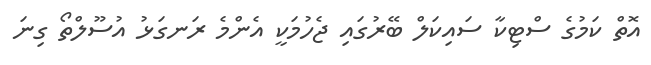
އޮތް ކަމުގެ ސްޓިކާ ސައިކަލް ބޭރުގައި ޖެހުމަކީ އެންމެ ރަނގަޅު އުސޫލްތޯ ގިނަ